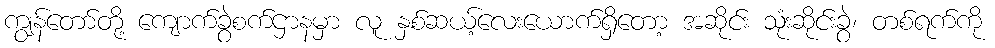
ကျွန်တော်တို့ ကျောက်ခွဲစက်ဌာနမှာ လူ နှစ်ဆယ့်လေးယောက်ရှိတော့ အဆိုင်း သုံးဆိုင်းခွဲ၊ တစ်ရက်ကို